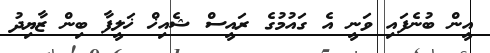
އީން ބުނެފައި ވަނީ އެ ގައުމުގެ ރައީސް ޝެއިޚް ޚަލީފާ ބިން ޒާޔިދު